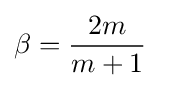
\beta ={\frac {2m}{m+1}}\quad